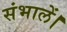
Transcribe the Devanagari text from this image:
संभालें।